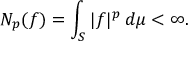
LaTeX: N _ { p } ( f ) = \int _ { S } | f | ^ { p } \, d \mu < \infty .